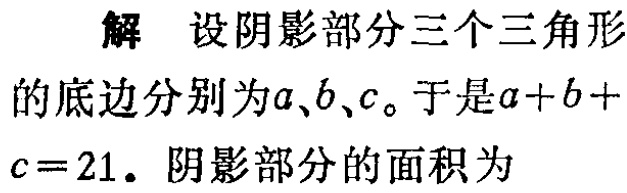
解 设阴影部分三个三角形

的底边分别为\(a\)、\(b\)、\(c\)。于是\(a + b +

c = 21\)。阴影部分的面积为